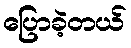
ပြောခဲ့တယ်